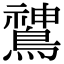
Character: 𬷫